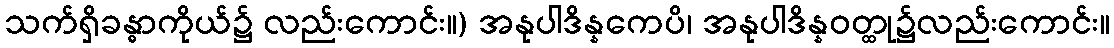
သက်ရှိခန္ဓာကိုယ်၌ လည်းကောင်း။) အနုပါဒိန္နကေပိ၊ အနုပါဒိန္နဝတ္ထု၌လည်းကောင်း။